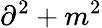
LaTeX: \partial^{2}+m^{2}